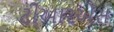
ટીઆરએસ